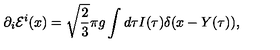
\partial _ { i } { \cal E } ^ { i } ( x ) = \sqrt { \frac { 2 } { 3 } } \pi g \int d \tau I ( \tau ) \delta ( x - Y ( \tau ) ) ,